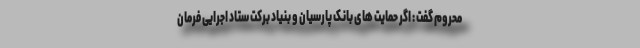
محروم گفت : اگر حمایت های بانک پارسیان و بنیاد برکت ستاد اجرایی فرمان